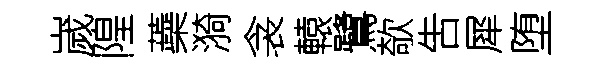
嵗隍蘃漪衾轅鷺欹吿犀堕